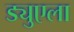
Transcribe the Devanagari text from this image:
ड्युएला